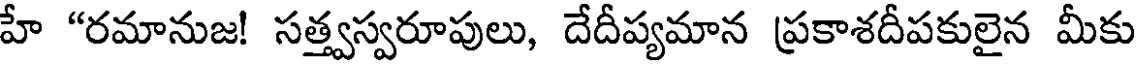
హే "రమానుజ! సత్త్వస్వరూపులు, దేదీప్యమాన ప్రకాశదీపకులైన మీకు